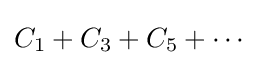
C_{1}+C_{3}+C_{5}+\cdots